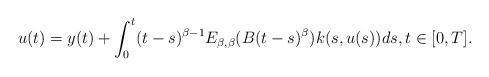
LaTeX: \begin{align*}u(t)= y(t)+\int_0^t (t-s)^{\beta-1}E_{\beta,\beta}(B(t-s)^\beta)k(s,u(s))ds,t\in [0,T].\end{align*}